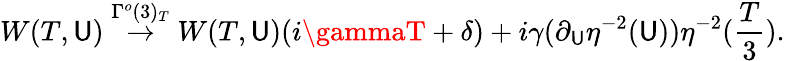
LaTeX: W(T,\mathsf{U})\stackrel{\Gamma^{o}(3)_{T}}{\rightarrow}W(T,\mathsf{U})(i\gammaT+\delta)+i\gamma(\partial_{\mathsf{U}}\eta^{-2}(\mathsf{U}))\eta^{-2}(\frac{{T}}{{3}}).